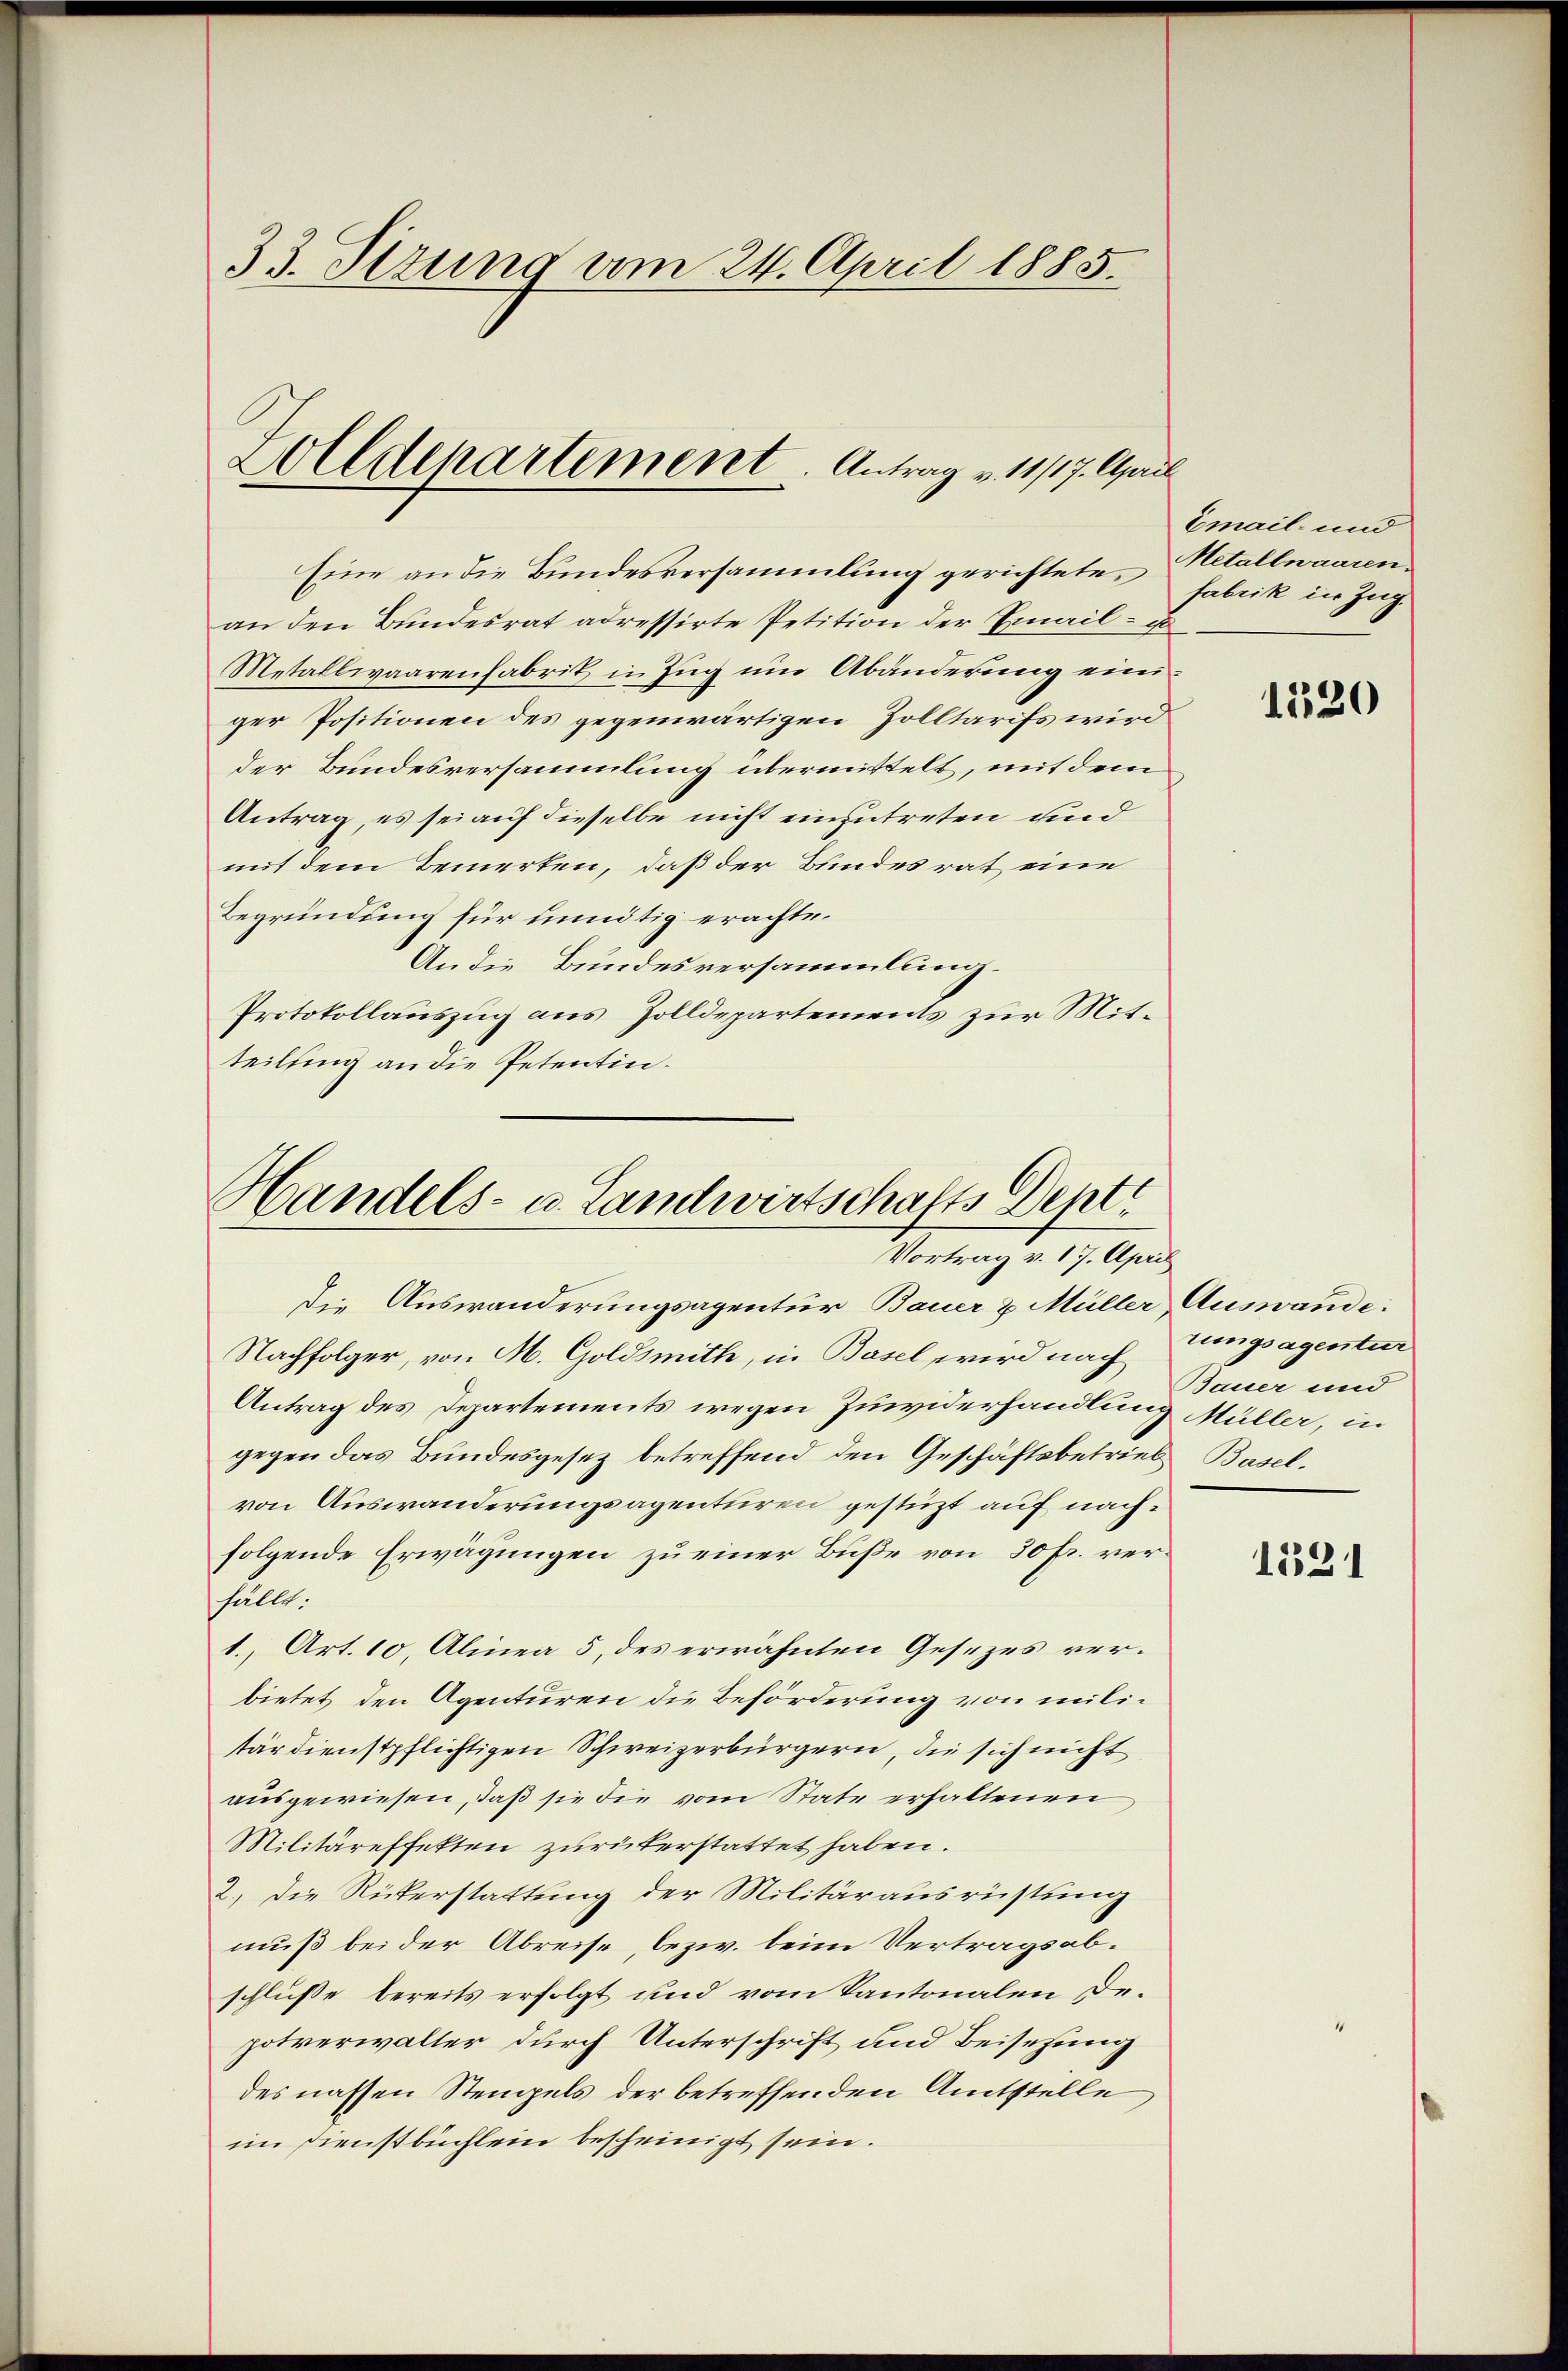
33. Sizung am 24. April 1885.

an den Bundesrat adressirte Petition der Email- u
Metallwaarenfabrit in Zug um Abänderung einiger Positionen des gegenwärtigen Zolltarifs wird
der Bundesversammlung übermittelt, mit dem
Antrag, es sei auf dieselbe nicht einzutreten und
mit dem Bemerten, daß der Bundesrat eine
Begründung für unnötig erachte.
An die Bundesversammlung.
Protokollauszug aus Zolldepartements zur Mitteilsing an die Petentin.

Eine an die Bundesversammlung gerichtete, Metallwaaren

Zolldepartement. Antrag v. 11/17. April

Handels- u. Landwirtschafts Depti
Vortrag v. 17. April

Die Auswanderungsagentur Bauer & Müller Auswande.
Nachfolger, von M. Goldsmith, in Basel wird nach Eingsagentur
Antrag des Departements wegen Zuwiderhandlung Müller, in
gegen das Bundesgesez betreffend den Geschäftsbetrieb Basel.
von Auswanderungsagenturen gestüzt auf nachfolgende Erwägungen zu einer Buße von 30 Fr. verfällt:
1., Art. 10, Alinea 5, des erwähnten Gesezes verbietet den Agenturen die Beförderung von militärdienstpflichtigen Schweizerbürgern, die sich nicht
ausgewiesen, daß sie die vom State erhaltenen
Militäreffekten zurükerstattet haben.
2. die Rükerstattung der Militärausrüstung
muß bei der Abreise, bezw. beim Vertragsabschlusse bereits erfolgt und vom Kantonalen Depotverwalter durch Unterschrift und Beisezung
des nassen Stempels der betreffenden Amtstelle
im Dienstbuchlein bescheinigt sein.

Email und
fabrik in Zug.

1520

Bauer und

1321